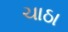
ચાઠા